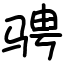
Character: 骋